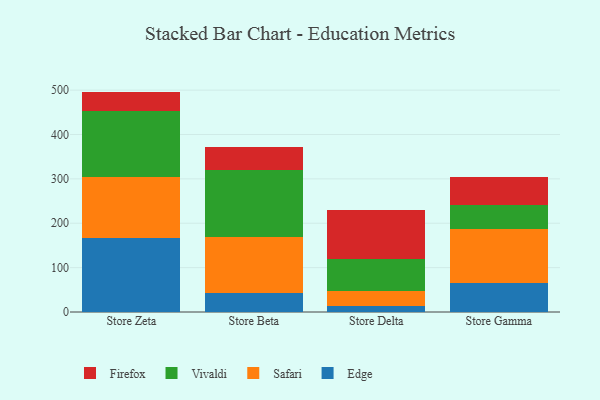
{"axis": {"x": "Store", "y": "Active Users"}, "legend": ["Edge", "Firefox", "Safari", "Vivaldi"], "data": [{"x": "Store Zeta", "y": 166.0, "type": "Edge"}, {"x": "Store Zeta", "y": 138.8, "type": "Safari"}, {"x": "Store Zeta", "y": 147.4, "type": "Vivaldi"}, {"x": "Store Zeta", "y": 44.5, "type": "Firefox"}, {"x": "Store Beta", "y": 41.9, "type": "Edge"}, {"x": "Store Beta", "y": 126.6, "type": "Safari"}, {"x": "Store Beta", "y": 151.1, "type": "Vivaldi"}, {"x": "Store Beta", "y": 52.5, "type": "Firefox"}, {"x": "Store Delta", "y": 14.4, "type": "Edge"}, {"x": "Store Delta", "y": 32.2, "type": "Safari"}, {"x": "Store Delta", "y": 72.2, "type": "Vivaldi"}, {"x": "Store Delta", "y": 110.3, "type": "Firefox"}, {"x": "Store Gamma", "y": 65.1, "type": "Edge"}, {"x": "Store Gamma", "y": 122.2, "type": "Safari"}, {"x": "Store Gamma", "y": 52.8, "type": "Vivaldi"}, {"x": "Store Gamma", "y": 64.4, "type": "Firefox"}]}